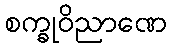
စက္ခုဝိညာဏေ